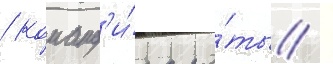
/ команд'и́ра ро́ты /